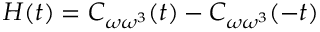
H ( t ) = C _ { \omega \omega ^ { 3 } } ( t ) - C _ { \omega \omega ^ { 3 } } ( - t )